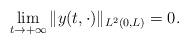
LaTeX: \begin{align*}\lim_{t\rightarrow+\infty}\Vert y(t,\cdot)\Vert_{L^{2}(0,L)}=0.\end{align*}